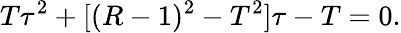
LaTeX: T\tau^{2}+[(R-1)^{2}-T^{2}]\tau-T=0.